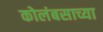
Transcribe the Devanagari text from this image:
कोलंबसाच्या